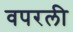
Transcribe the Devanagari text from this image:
वपरली